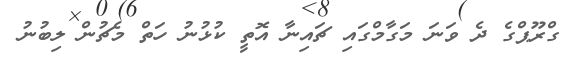
ގްރޫޕްގެ ދެ ވަނަ މަގާމްގައި ޗައިނާ އޮތީ ކުޅުނު ހަތް މެޗުން ލިބުނު